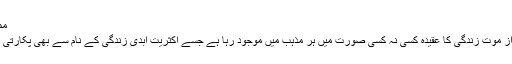
ممیانا
بعد از موت زندگی کا عقیدہ کسی نہ کسی صورت میں ہر مذہب میں موجود رہا ہے جسے اکثریت ابدی زندگی کے نام سے بھی پکارتی ہے۔